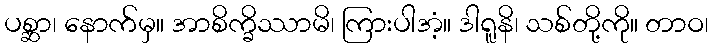
ပစ္ဆာ၊ နောက်မှ။ အာစိက္ခိဿာမိ၊ ကြားပါအံ့။ ဒါရူနိ၊ သစ်တို့ကို။ တာဝ၊